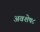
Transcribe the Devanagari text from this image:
अवशेष८